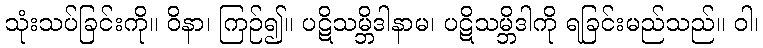
သုံးသပ်ခြင်းကို။ ဝိနာ၊ ကြဉ်၍။ ပဋိသမ္ဘိဒါနာမ၊ ပဋိသမ္ဘိဒါကို ရခြင်းမည်သည်။ ဝါ၊